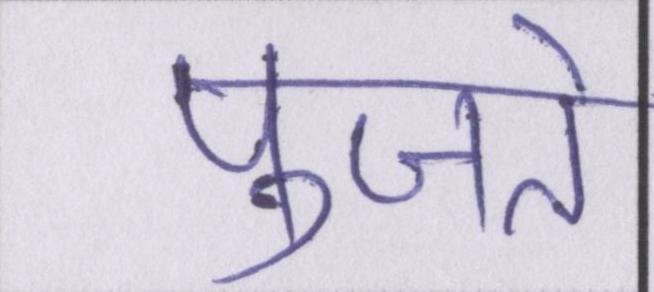
पुजते